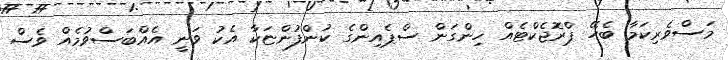
މަސްވެރިކަމާ ބެހޭ ޕްރޮޖެކްޓެއް ހިންގަން ސްޕެއިންގެ ކުންފުންޏަކާ އެކު ވަނީ އެއްބަސްވުމެއް ވެސް